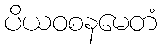
ပိယဝစနမေတံ